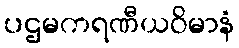
ပဌမကရဏီယဝိမာနံ